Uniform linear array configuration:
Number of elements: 24
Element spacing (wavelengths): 0.25
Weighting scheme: hamming
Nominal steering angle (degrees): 60
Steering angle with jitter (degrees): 61.528
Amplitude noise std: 0.05
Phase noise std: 0.05

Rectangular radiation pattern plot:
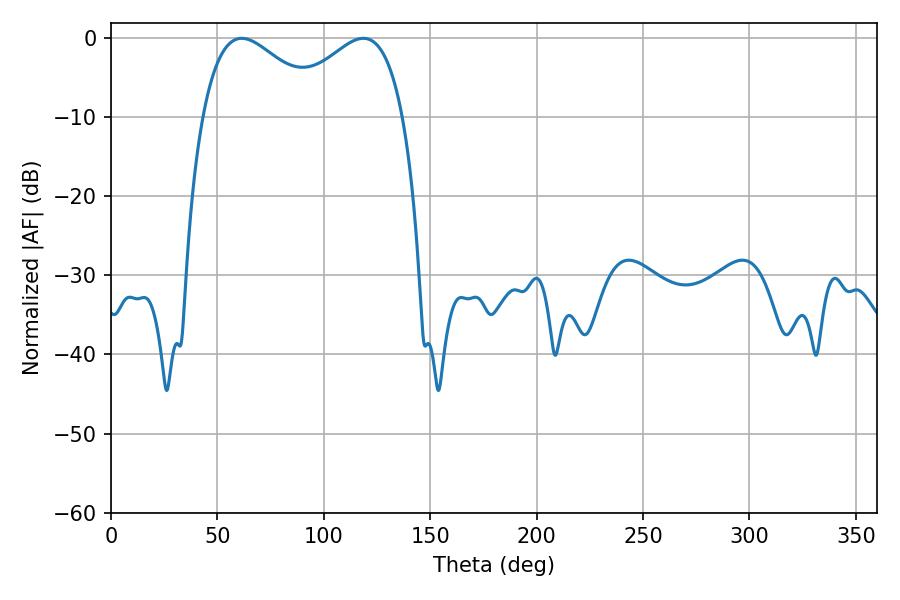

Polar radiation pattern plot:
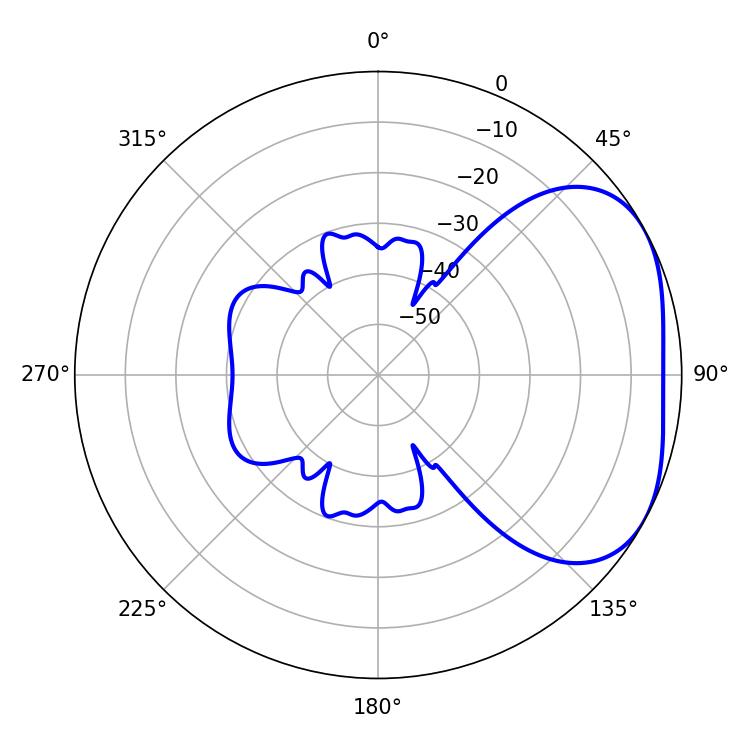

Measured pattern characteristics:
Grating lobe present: FALSE
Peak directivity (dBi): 3.204
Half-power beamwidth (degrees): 31.14
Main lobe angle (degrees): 61.38